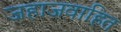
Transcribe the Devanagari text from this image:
जहाजवाहित